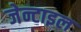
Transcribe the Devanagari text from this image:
जेन्टाइल